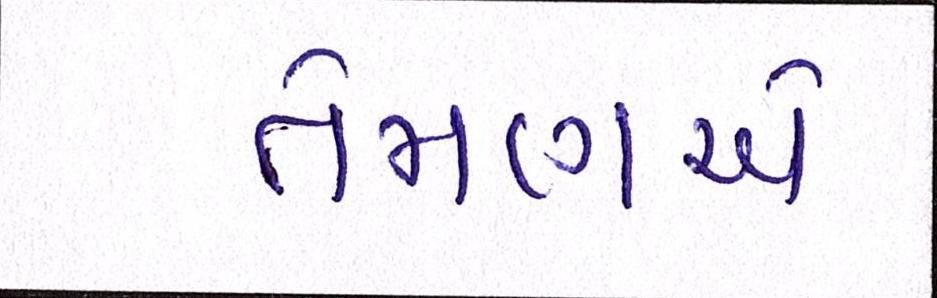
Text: તેમણએ